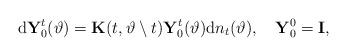
LaTeX: \begin{align*}\mathrm{d}\mathbf{Y}^{t}_0(\vartheta)=\mathbf{K}(t,\vartheta\setminus t)\mathbf{Y}^t_0(\vartheta)\mathrm{d}n_t(\vartheta), \quad\mathbf{Y}^0_0=\mathbf{I},\end{align*}